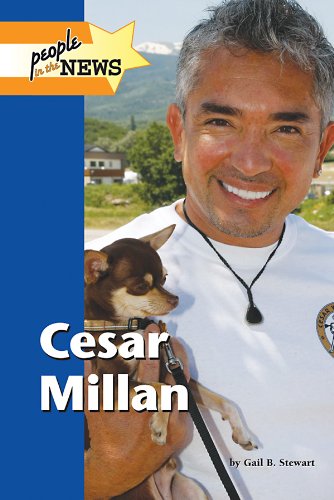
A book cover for Cesar Millan (People in the News); Gail B. Stewart; Teen & Young Adult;